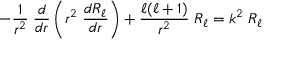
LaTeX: - { \frac { 1 } { r ^ { 2 } } } \; { \frac { d } { d r } } \left( r ^ { 2 } \; { \frac { d R _ { \ell } } { d r } } \right) + { \frac { \ell ( \ell + 1 ) } { r ^ { 2 } } } \; R _ { \ell } = k ^ { 2 } \; R _ { \ell }